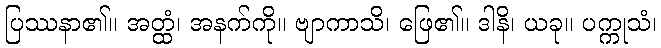
ပြဿနာ၏။ အတ္ထံ၊ အနက်ကို။ ဗျာကာသိ၊ ဖြေ၏။ ဒါနိ၊ ယခု။ ပက္ကုသံ၊